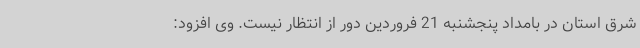
شرق استان در بامداد پنجشنبه 21 فروردین دور از انتظار نیست. وی افزود: